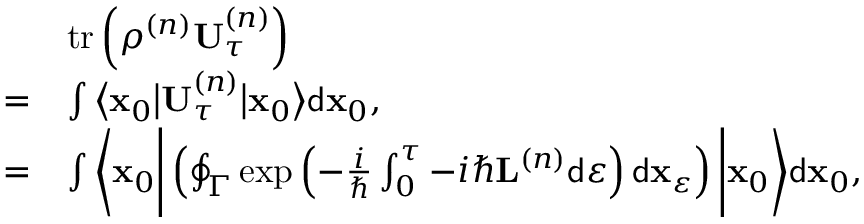
\begin{array} { r l } & { \operatorname { t r } \left( \rho ^ { \left( n \right) } \mathbf { U } _ { \tau } ^ { \left( n \right) } \right) } \\ { = } & { \int \big \langle \mathbf { x } _ { 0 } \big \vert \mathbf { U } _ { \tau } ^ { \left( n \right) } \big \vert \mathbf { x } _ { 0 } \big \rangle \mathsf { d } \mathbf { x } _ { 0 } , } \\ { = } & { \int \Bigg \langle \mathbf { x } _ { 0 } \Bigg \vert \left( \oint _ { \Gamma } \exp \left( - \frac { i } { \hbar } \int _ { 0 } ^ { \tau } - i \hbar \mathbf { L } ^ { \left( n \right) } \mathsf { d } \varepsilon \right) \mathsf { d } \mathbf { x } _ { \varepsilon } \right) \Bigg \vert \mathbf { x } _ { 0 } \Bigg \rangle \mathsf { d } \mathbf { x } _ { 0 } , } \end{array}